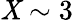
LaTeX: \mathit{X}\sim3